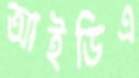
আইডিএ